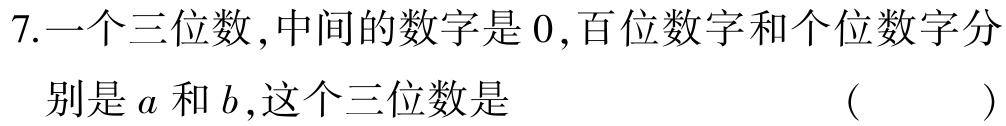
7.一个三位数,中间的数字是0,百位数字和个位数字分别是\(a\)和\(b\),这个三位数是 （  ）